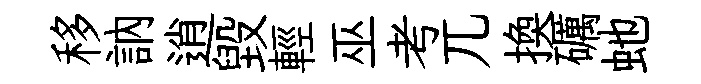
移訥逍毁輕巫考兀換礪虵